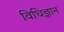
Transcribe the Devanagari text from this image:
विधिज्ञान